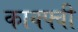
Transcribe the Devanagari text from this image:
काक्फ्वी